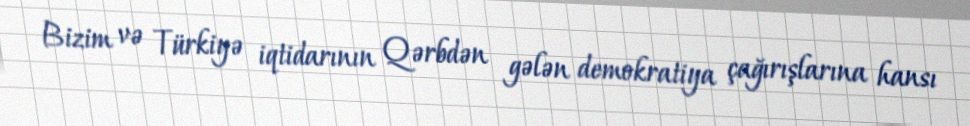
Bizim və Türkiyə iqtidarının Qərbdən gələn demokratiya çağırışlarına hansı